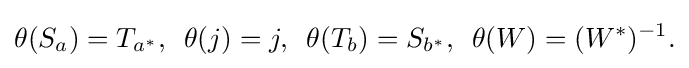
\displaystyle {\theta (S_{a})=T_{a^{*}},\,\,\,\theta (j)=j,\,\,\,\theta (T_{b})=S_{b^{*}},\,\,\,\theta (W)=(W^{*})^{-1}.}